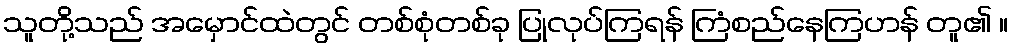
သူတို့သည် အမှောင်ထဲတွင် တစ်စုံတစ်ခု ပြုလုပ်ကြရန် ကြံစည်နေကြဟန် တူ၏ ။